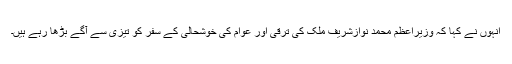
انہوں نے کہا کہ وزیراعظم محمد نوازشریف ملک کی ترقی اور عوام کی خوشحالی کے سفر کو تیزی سے آگے بڑھا رہے ہیں۔